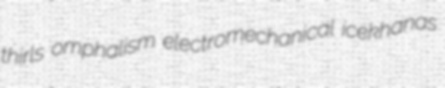
thirls omphalism electromechanical icekhanas